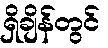
ရှိချိန်တွင်